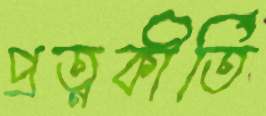
প্রত্নকীর্তি